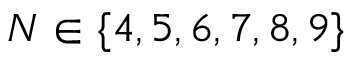
N \in \{ 4 , 5 , 6 , 7 , 8 , 9 \}